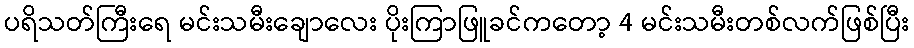
ပရိသတ်ကြီးရေ မင်းသမီးချောလေး ပိုးကြာဖြူခင်ကတော့ 4 မင်းသမီးတစ်လက်ဖြစ်ပြီး